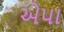
એપા